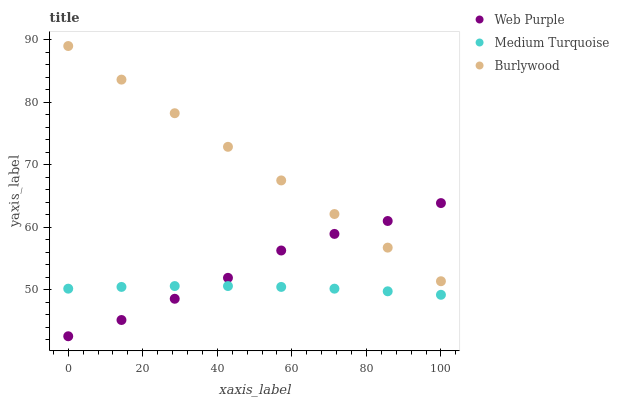
| xaxis_label | Web Purple | Medium Turquoise | Burlywood |
 | --- | --- | --- | --- |
 | 0 | 42.5 | 50.1 | 89 |
 | 14.3 | 45.1 | 50.4 | 83.6 |
 | 28.6 | 48.5 | 50.6 | 78.2 |
 | 42.9 | 51.9 | 50.6 | 72.9 |
 | 57.1 | 56.3 | 50.4 | 67.5 |
 | 71.4 | 58.9 | 50.1 | 62.1 |
 | 85.7 | 61 | 49.7 | 56.7 |
 | 100 | 63.9 | 49.2 | 51.3 |